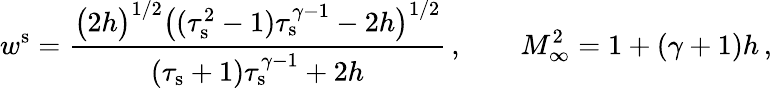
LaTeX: w^{\mathrm{s}}=\frac{\big(2h\big)^{1/2}\big((\tau_{\mathrm{s}}^{2}-1)\tau_{\mathrm{s}}^{\gamma-1}-2h\big)^{1/2}}{(\tau_{\mathrm{s}}+1)\tau_{\mathrm{s}}^{\gamma-1}+2h}\, ,\qquad M_{\infty}^{2}=1+(\gamma+1)h\, ,